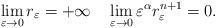
\begin{align*} \lim_{\varepsilon\rightarrow 0} r_\varepsilon=+\infty\quad \lim_{\varepsilon\rightarrow 0}\varepsilon^\alpha r_\varepsilon^{n+1} = 0.\end{align*}